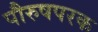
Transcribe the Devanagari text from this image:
पौरुषपरक